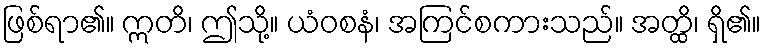
ဖြစ်ရာ၏။ ဣတိ၊ ဤသို့။ ယံဝစနံ၊ အကြင်စကားသည်။ အတ္ထိ၊ ရှိ၏။